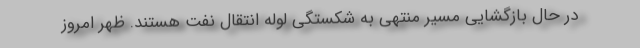
در حال بازگشایی مسیر منتهی به شکستگی لوله انتقال نفت هستند. ظهر امروز